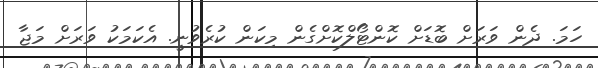
ހަމަ. ދެން ވަރަށް ބޮޑަށް ކޮންޓޯލްކޮށްގެން މިކަން ކުރެވުނީ. އެކަމަކު ވަރަށް މަޖާ